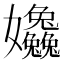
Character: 𡤹